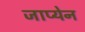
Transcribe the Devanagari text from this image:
जाप्येन